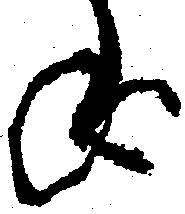
ね